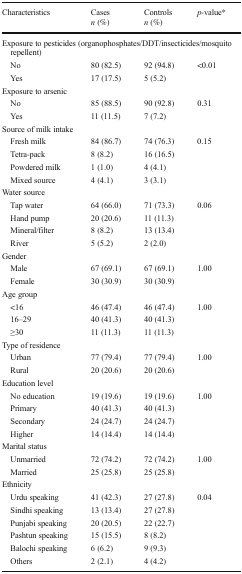
<table><thead><tr><td rowspan="2"><b>Characteristics</b></td><td><b>Cases</b></td><td><b>Controls</b></td><td><b><i>p</i>-value*</b></td></tr><tr><td><b><i>n</i> (%)</b></td><td><b><i>n</i> (%)</b></td><td></td></tr></thead><tbody><tr><td colspan="4">Exposure to pesticides (organophosphates/DDT/insecticides/mosquito repellent)</td></tr><tr><td> No</td><td>80 (82.5)</td><td>92 (94.8)</td><td>&lt;0.01</td></tr><tr><td> Yes</td><td>17 (17.5)</td><td>5 (5.2)</td><td></td></tr><tr><td colspan="4">Exposure to arsenic</td></tr><tr><td> No</td><td>85 (88.5)</td><td>90 (92.8)</td><td>0.31</td></tr><tr><td> Yes</td><td>11 (11.5)</td><td>7 (7.2)</td><td></td></tr><tr><td colspan="4">Source of milk intake</td></tr><tr><td> Fresh milk</td><td>84 (86.7)</td><td>74 (76.3)</td><td>0.15</td></tr><tr><td> Tetra-pack</td><td>8 (8.2)</td><td>16 (16.5)</td><td></td></tr><tr><td> Powdered milk</td><td>1 (1.0)</td><td>4 (4.1)</td><td></td></tr><tr><td> Mixed source</td><td>4 (4.1)</td><td>3 (3.1)</td><td></td></tr><tr><td colspan="4">Water source</td></tr><tr><td> Tap water</td><td>64 (66.0)</td><td>71 (73.3)</td><td>0.06</td></tr><tr><td> Hand pump</td><td>20 (20.6)</td><td>11 (11.3)</td><td></td></tr><tr><td> Mineral/filter</td><td>8 (8.2)</td><td>13 (13.4)</td><td></td></tr><tr><td> River</td><td>5 (5.2)</td><td>2 (2.0)</td><td></td></tr><tr><td colspan="4">Gender</td></tr><tr><td> Male</td><td>67 (69.1)</td><td>67 (69.1)</td><td>1.00</td></tr><tr><td> Female</td><td>30 (30.9)</td><td>30 (30.9)</td><td></td></tr><tr><td colspan="4">Age group</td></tr><tr><td> &lt;16</td><td>46 (47.4)</td><td>46 (47.4)</td><td>1.00</td></tr><tr><td> 16–29</td><td>40 (41.3)</td><td>40 (41.3)</td><td></td></tr><tr><td> ≥30</td><td>11 (11.3)</td><td>11 (11.3)</td><td></td></tr><tr><td colspan="4">Type of residence</td></tr><tr><td> Urban</td><td>77 (79.4)</td><td>77 (79.4)</td><td>1.00</td></tr><tr><td> Rural</td><td>20 (20.6)</td><td>20 (20.6)</td><td></td></tr><tr><td colspan="4">Education level</td></tr><tr><td> No education</td><td>19 (19.6)</td><td>19 (19.6)</td><td>1.00</td></tr><tr><td> Primary</td><td>40 (41.3)</td><td>40 (41.3)</td><td></td></tr><tr><td> Secondary</td><td>24 (24.7)</td><td>24 (24.7)</td><td></td></tr><tr><td> Higher</td><td>14 (14.4)</td><td>14 (14.4)</td><td></td></tr><tr><td colspan="4">Marital status</td></tr><tr><td> Unmarried</td><td>72 (74.2)</td><td>72 (74.2)</td><td>1.00</td></tr><tr><td> Married</td><td>25 (25.8)</td><td>25 (25.8)</td><td></td></tr><tr><td colspan="4">Ethnicity</td></tr><tr><td> Urdu speaking</td><td>41 (42.3)</td><td>27 (27.8)</td><td>0.04</td></tr><tr><td> Sindhi speaking</td><td>13 (13.4)</td><td>27 (27.8)</td><td></td></tr><tr><td> Punjabi speaking</td><td>20 (20.5)</td><td>22 (22.7)</td><td></td></tr><tr><td> Pashtun speaking</td><td>15 (15.5)</td><td>8 (8.2)</td><td></td></tr><tr><td> Balochi speaking</td><td>6 (6.2)</td><td>9 (9.3)</td><td></td></tr><tr><td> Others</td><td>2 (2.1)</td><td>4 (4.2)</td><td></td></tr></tbody></table>